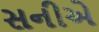
સનીએ